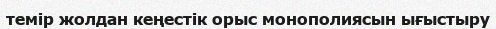
темір жолдан кеңестік орыс монополиясын ығыстыру